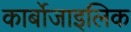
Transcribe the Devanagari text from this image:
कार्बोजाइलिक